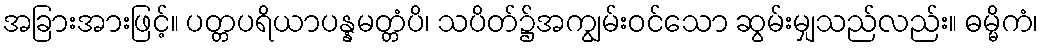
အခြားအားဖြင့်။ ပတ္တပရိယာပန္နမတ္တံပိ၊ သပိတ်၌အကျွမ်းဝင်သော ဆွမ်းမျှသည်လည်း။ ဓမ္မိကံ၊